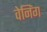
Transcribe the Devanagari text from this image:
वेनिंग